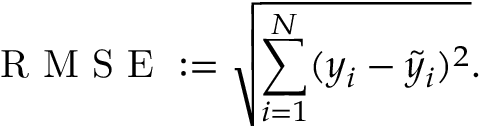
\mathrm { ~ R ~ M ~ S ~ E ~ } : = \sqrt { \sum _ { i = 1 } ^ { N } ( y _ { i } - \tilde { y } _ { i } ) ^ { 2 } } .